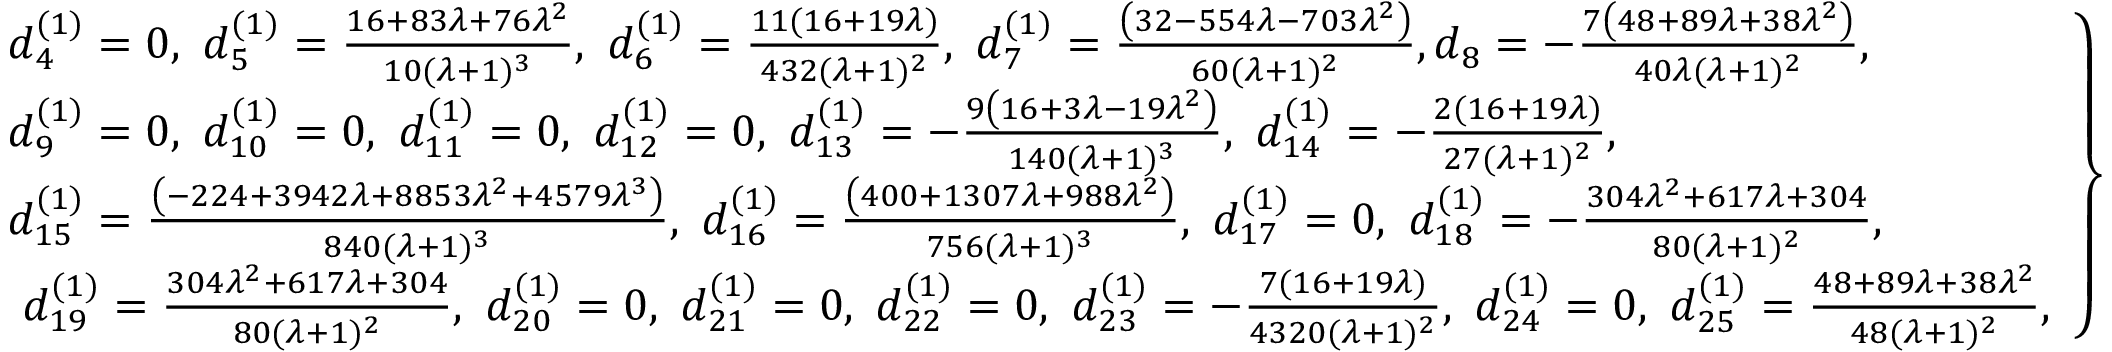
\left. \begin{array} { l l } { d _ { 4 } ^ { ( 1 ) } = 0 , ~ d _ { 5 } ^ { ( 1 ) } = \frac { 1 6 + 8 3 \lambda + 7 6 \lambda ^ { 2 } } { 1 0 ( \lambda + 1 ) ^ { 3 } } , ~ d _ { 6 } ^ { ( 1 ) } = \frac { 1 1 ( 1 6 + 1 9 \lambda ) } { 4 3 2 ( \lambda + 1 ) ^ { 2 } } , ~ d _ { 7 } ^ { ( 1 ) } = \frac { \left( 3 2 - 5 5 4 \lambda - 7 0 3 \lambda ^ { 2 } \right) } { 6 0 ( \lambda + 1 ) ^ { 2 } } , d _ { 8 } = - \frac { 7 \left( 4 8 + 8 9 \lambda + 3 8 \lambda ^ { 2 } \right) } { 4 0 \lambda ( \lambda + 1 ) ^ { 2 } } , ~ } \\ { d _ { 9 } ^ { ( 1 ) } = 0 , ~ d _ { 1 0 } ^ { ( 1 ) } = 0 , ~ d _ { 1 1 } ^ { ( 1 ) } = 0 , ~ d _ { 1 2 } ^ { ( 1 ) } = 0 , ~ d _ { 1 3 } ^ { ( 1 ) } = - \frac { 9 \left( 1 6 + 3 \lambda - 1 9 \lambda ^ { 2 } \right) } { 1 4 0 ( \lambda + 1 ) ^ { 3 } } , ~ d _ { 1 4 } ^ { ( 1 ) } = - \frac { 2 ( 1 6 + 1 9 \lambda ) } { 2 7 ( \lambda + 1 ) ^ { 2 } } , } \\ { d _ { 1 5 } ^ { ( 1 ) } = \frac { \left( - 2 2 4 + 3 9 4 2 \lambda + 8 8 5 3 \lambda ^ { 2 } + 4 5 7 9 \lambda ^ { 3 } \right) } { 8 4 0 ( \lambda + 1 ) ^ { 3 } } , ~ d _ { 1 6 } ^ { ( 1 ) } = \frac { \left( 4 0 0 + 1 3 0 7 \lambda + 9 8 8 \lambda ^ { 2 } \right) } { 7 5 6 ( \lambda + 1 ) ^ { 3 } } , ~ d _ { 1 7 } ^ { ( 1 ) } = 0 , ~ d _ { 1 8 } ^ { ( 1 ) } = - \frac { 3 0 4 \lambda ^ { 2 } + 6 1 7 \lambda + 3 0 4 } { 8 0 ( \lambda + 1 ) ^ { 2 } } , } \\ { ~ d _ { 1 9 } ^ { ( 1 ) } = \frac { 3 0 4 \lambda ^ { 2 } + 6 1 7 \lambda + 3 0 4 } { 8 0 ( \lambda + 1 ) ^ { 2 } } , ~ d _ { 2 0 } ^ { ( 1 ) } = 0 , ~ d _ { 2 1 } ^ { ( 1 ) } = 0 , ~ d _ { 2 2 } ^ { ( 1 ) } = 0 , ~ d _ { 2 3 } ^ { ( 1 ) } = - \frac { 7 ( 1 6 + 1 9 \lambda ) } { 4 3 2 0 ( \lambda + 1 ) ^ { 2 } } , ~ d _ { 2 4 } ^ { ( 1 ) } = 0 , ~ d _ { 2 5 } ^ { ( 1 ) } = \frac { 4 8 + 8 9 \lambda + 3 8 \lambda ^ { 2 } } { 4 8 ( \lambda + 1 ) ^ { 2 } } , } \end{array} \right\}